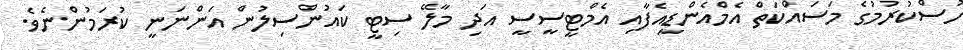
ހުސްކުރުމުގެ މަސައްކަތް އެމްއެންޑީއެފާއި އެމްޓީސީސީ އަދި މާލޭ ސިޓީ ކައުންސިލުން އަންނަނީ ކުރަމުންނެވެ.